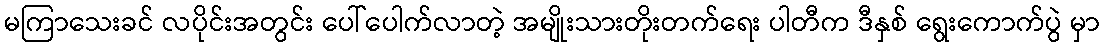
မကြာသေးခင် လပိုင်းအတွင်း ပေါ်ပေါက်လာတဲ့ အမျိုးသားတိုးတက်ရေး ပါတီက ဒီနှစ် ရွေးကောက်ပွဲ မှာ